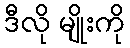
ဒီလို မျိုးကို